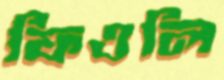
ফিওলি